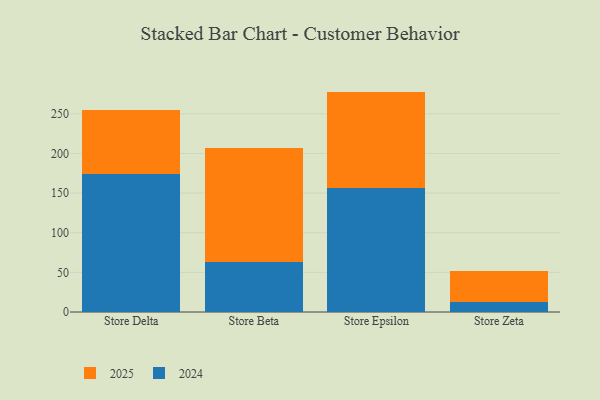
{"axis": {"x": "Store", "y": "Latency (ms)"}, "legend": ["2024", "2025"], "data": [{"x": "Store Delta", "y": 81.3, "type": "2025"}, {"x": "Store Delta", "y": 174.0, "type": "2024"}, {"x": "Store Beta", "y": 142.8, "type": "2025"}, {"x": "Store Beta", "y": 63.6, "type": "2024"}, {"x": "Store Epsilon", "y": 121.0, "type": "2025"}, {"x": "Store Epsilon", "y": 157.0, "type": "2024"}, {"x": "Store Zeta", "y": 40.0, "type": "2025"}, {"x": "Store Zeta", "y": 12.1, "type": "2024"}]}